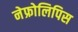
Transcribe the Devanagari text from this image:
नेफ्रोलिपिस